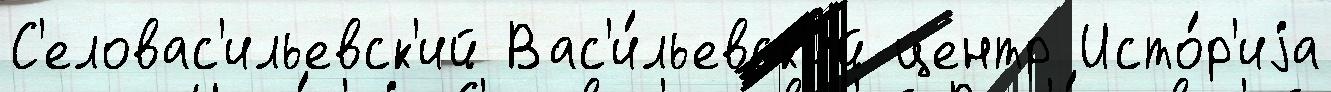
С'еловас'ильевск'ий Вас'и́льевск'ий центр Исто́р'иjа